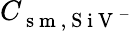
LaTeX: C_{\mathrm{~s~m~,~S~i~V~}^{-}}